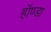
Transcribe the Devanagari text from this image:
हॉण्डा